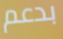
بدعم